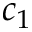
c _ { 1 }